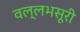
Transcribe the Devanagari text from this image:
वल्लभसूरी